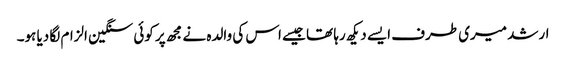
ارشد میری طرف ایسے دیکھ رہا تھا جیسے اس کی والدہ نے مجھ پر کوئی سنگین الزام لگا دیا ہو۔